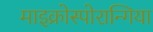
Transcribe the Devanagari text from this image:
माइक्रोस्पोरान्गिया